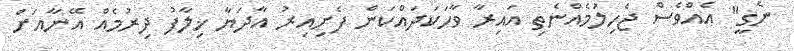
ނެގީ" އެއްވެސް ޖެހިލުމެއްނެތި އައިރާ ވާހަކަދައްކަން ފެށިއިރު އާދަޔާ ޚިލާފު ދިރުމެއް އޭނާއަށް